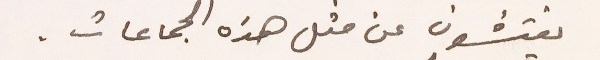
يفتشون عن مثل هذه الجماعات.